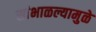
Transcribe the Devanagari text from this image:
सांभाळल्यामुळे